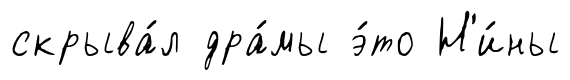
скрыва́л дра́мы э́то Н'и́ны